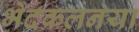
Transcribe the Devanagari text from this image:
भेदकलनया